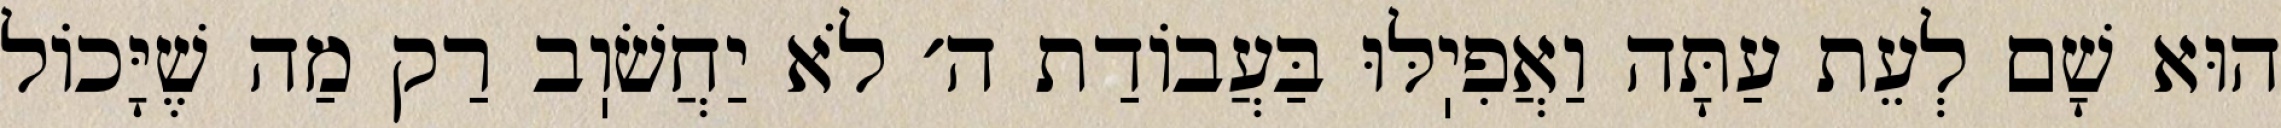
הוּא שָׁם לְעֵת עַתָּה וַאֲפִיֽלּוּ בַּעֲבוֹדַת ה׳ לֹא יַחֲשֹׁוֽב רַק מַה שֶׁיָּכוֹל